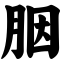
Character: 胭